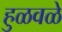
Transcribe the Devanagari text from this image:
हुळवळे